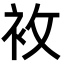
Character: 𧘶